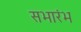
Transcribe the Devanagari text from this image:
सभारंभ